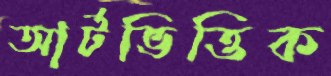
আর্টভিত্তিক